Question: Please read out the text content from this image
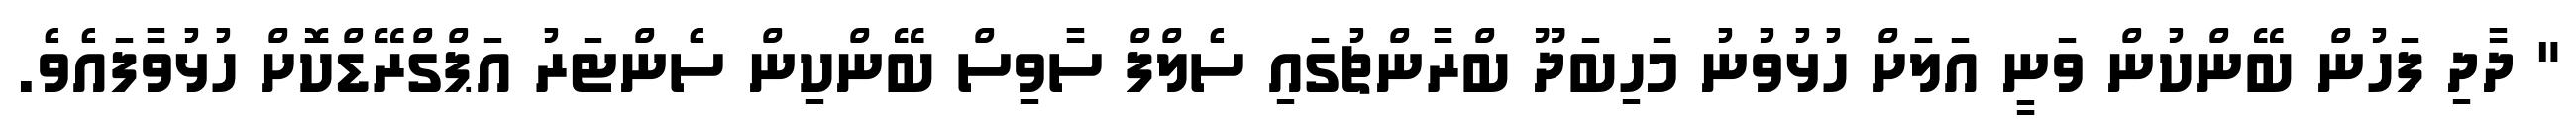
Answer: " ދާދި ފަހުން ބޭންކުން ވަނީ އަލަށް ހުޅުވުނު މަހިބަދޫ ބްރާންޗުގައި ސެލްފް ސާވިސް ބޭންކިން ސެންޓަރު އަޕްގްރޭޑްކޮށް ހުޅުވާފައެވެ.